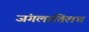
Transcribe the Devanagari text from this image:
जंगलातिलच